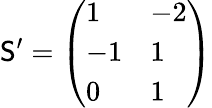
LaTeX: \mathsf{S}^{\prime}=\left(\begin{array}{ll}{1}&{-2}\\ {-1}&{1}\\ {0}&{1}\end{array}\right)